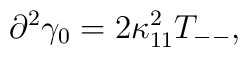
\partial^2 \gamma_0 = 2\kappa_{11}^2 T_{--},